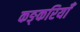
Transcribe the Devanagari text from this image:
कङ्करियाँ